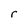
Character: r